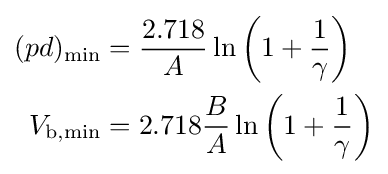
{\begin{aligned}(pd)_{\min }&={2.718 \over A}\ln \left(1+{\frac {1}{\gamma }}\right)\\V_{{\text{b}},\min }&=2.718{B \over A}\ln \left(1+{\frac {1}{\gamma }}\right)\end{aligned}}